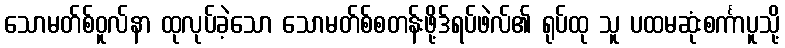
သောမတ်စ်ဝူလ်နာ ထုလုပ်ခဲ့သော သောမတ်စ်စတန်းဖို့ဒ်ရပ်ဖဲလ်၏ ရုပ်ထု သူ ပထမဆုံးစင်္ကာပူသို့